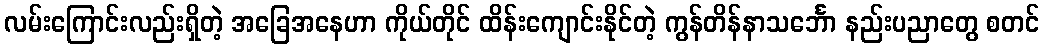
လမ်းကြောင်းလည်းရှိတဲ့ အခြေအနေဟာ ကိုယ်တိုင် ထိန်းကျောင်းနိုင်တဲ့ ကွန်တိန်နာသင်္ဘော နည်းပညာတွေ စတင်